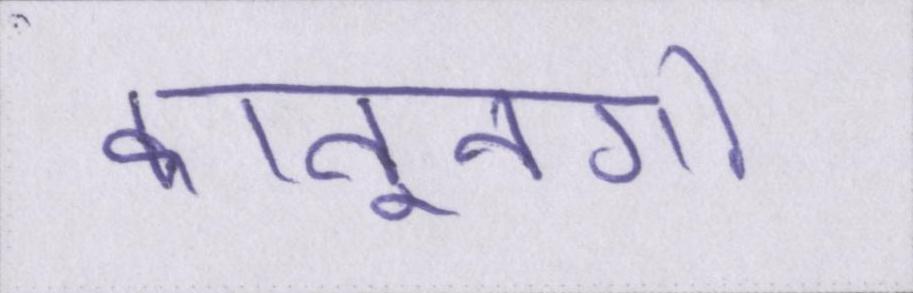
कानूनगो